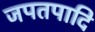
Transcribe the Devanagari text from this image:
जपतपादि